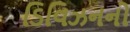
ડિવિઝનનો